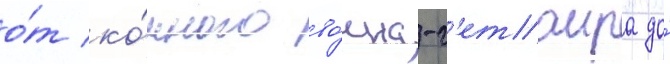
о́т ко́нного во́ина-г'етаира до́